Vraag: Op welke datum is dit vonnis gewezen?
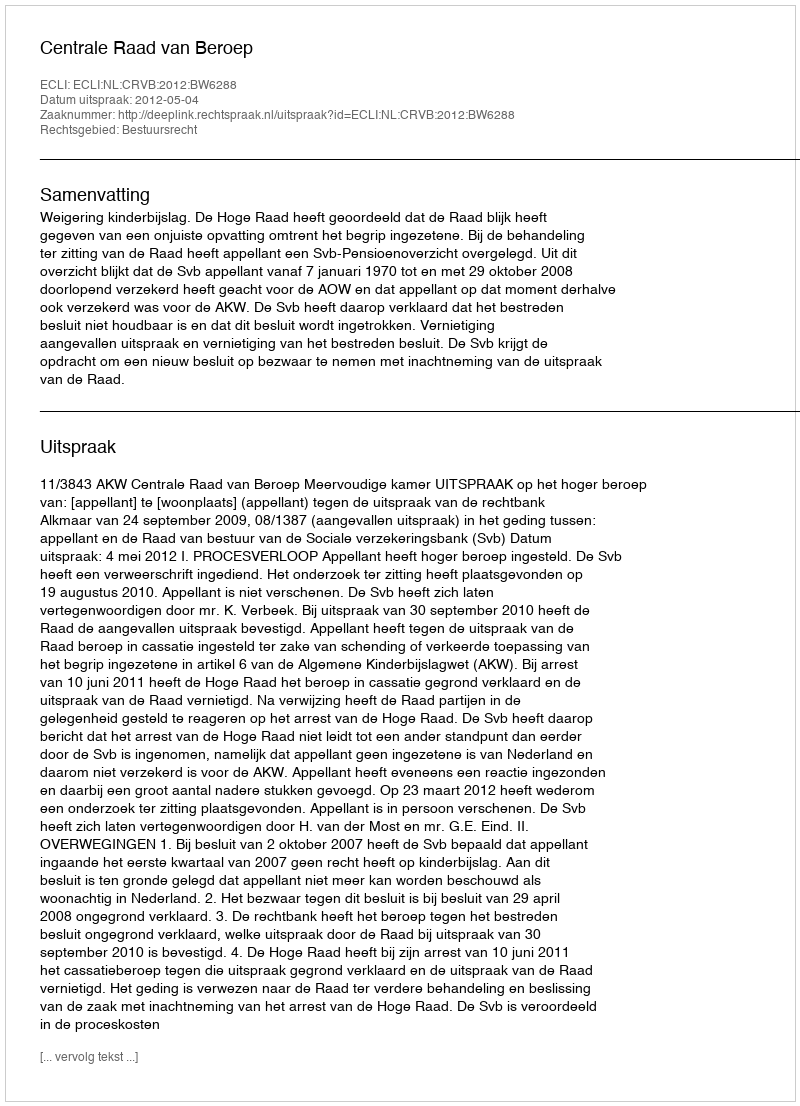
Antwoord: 2012-05-04